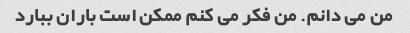
من می دانم. من فکر می کنم ممکن است باران ببارد